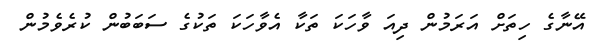
އޭނާގެ ހިތަށް އަރަމުން ދިއަ ވާހަކަ ތަކާ އެވާހަކަ ތަކުގެ ސަބަބުން ކުރެވެމުން